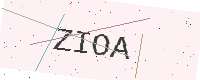
Text: ZIOA